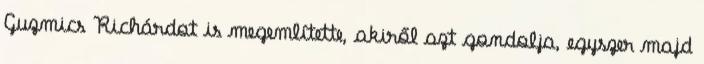
Guzmics Richárdot is megemlítette, akiről azt gondolja, egyszer majd